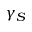
\gamma _ { S }